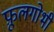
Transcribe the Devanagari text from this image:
फ़ूलगोभी